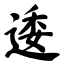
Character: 逶